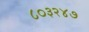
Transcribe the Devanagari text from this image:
८०३२४७